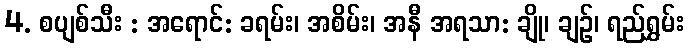
4. စပျစ်သီး : အရောင်: ခရမ်း၊ အစိမ်း၊ အနီ အရသာ: ချို၊ ချဉ်၊ ရည်ရွှမ်း